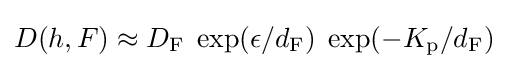
D(h,F)\approx D_{\mathrm {F} }\;\exp(\epsilon /d_{\mathrm {F} })\;\exp(-K_{\mathrm {p} }/d_{\mathrm {F} })